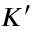
K ^ { \prime }